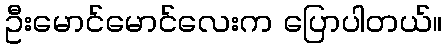
ဦးမောင်မောင်လေးက ပြောပါတယ်။